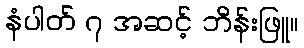
နံပါတ် ၇ အဆင့် ဘိန်းဖြူ။